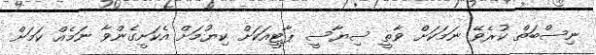
ނިސްބަތް ކުރެވޭ ނަމަކަށް ވާތީ ސިޔާސީ ޕާޓީއަކަށް ކިޔުމަށް އެކަށީގެންވާ ނަމެއް ކަމަށް